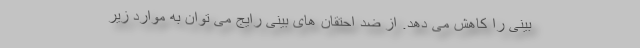
بینی را کاهش می دهد. از ضد احتقان های بینی رایج می توان به موارد زیر